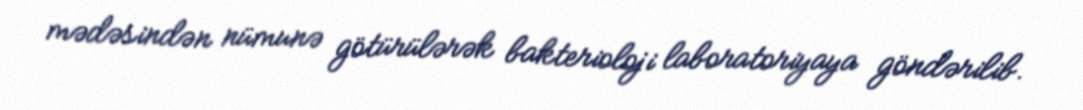
mədəsindən nümunə götürülərək bakterioloji laboratoriyaya göndərilib.